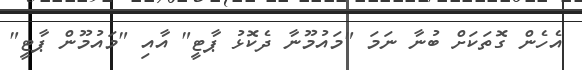
އެހެން ގޮތަކަށް ބުނާ ނަމަ "މައުމޫނާ ދެކޮޅު ޕާޓީ" އާއި "މައުމޫން ޕާޓީ"